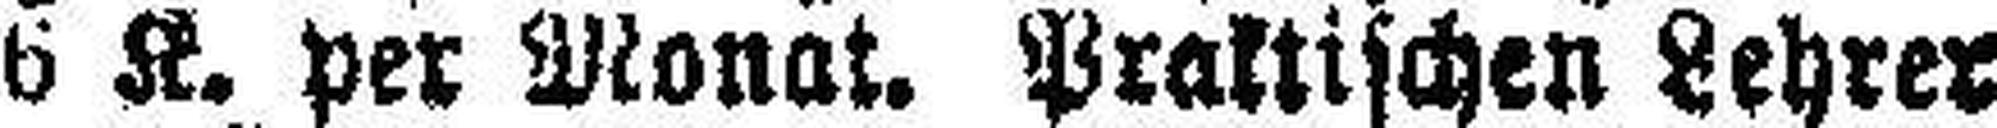
6 K. per Monat. Praktischen Lehrer